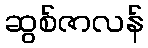
ဆွစ်ဇာလန်